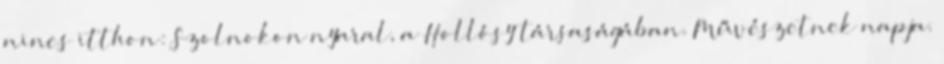
nincs itthon: Szolnokon nyaral, a Hollósy társaságában. Művészetnek napja.